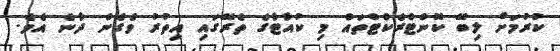
ކުރުމަށް ލިބޭ ކޮންޓްރެކްޓްތައް މި ކުއާޓާގެ ތެރޭގައި އިތުރު ވެގެން ދާނެ އެވެ.